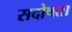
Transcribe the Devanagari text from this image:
सदोषता